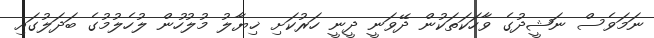
ނަމަވެސް ނަޝީދުގެ ވާހަކަތަކުން ދޭވަނީ ދީނީ ހަރުކަށި ޚިޔާލު މުލުހުން ލުހެލުމުގެ ބަދަލުގައި